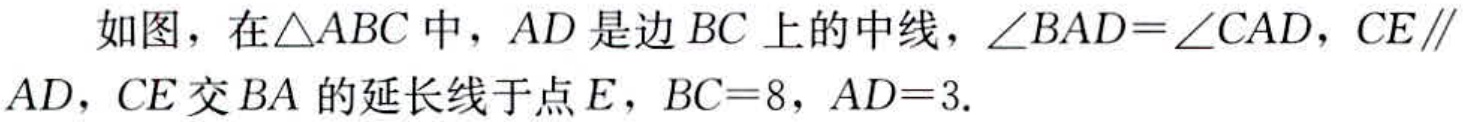
如图，在\(\triangle ABC\)中，\(AD\)是边\(BC\)上的中线，\(\angle BAD = \angle CAD\)，\(CE\parallel AD\)，\(CE\)交\(BA\)的延长线于点\(E\)，\(BC = 8\)，\(AD = 3\).